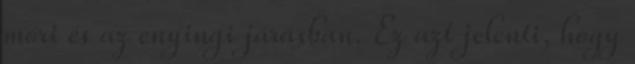
móri és az enyingi járásban. Ez azt jelenti, hogy